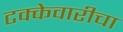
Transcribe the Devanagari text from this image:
टक्केवारीचा